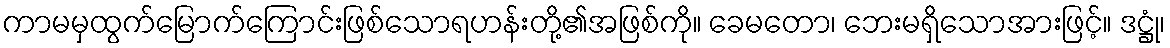
ကာမမှထွက်မြောက်ကြောင်းဖြစ်သောရဟန်းတို့၏အဖြစ်ကို။ ခေမတော၊ ဘေးမရှိသောအားဖြင့်။ ဒဋ္ဌုံ၊